Civil Veterinary Dept. Bombay admin report 1914-1922 - 1914-1922
Year: 1914
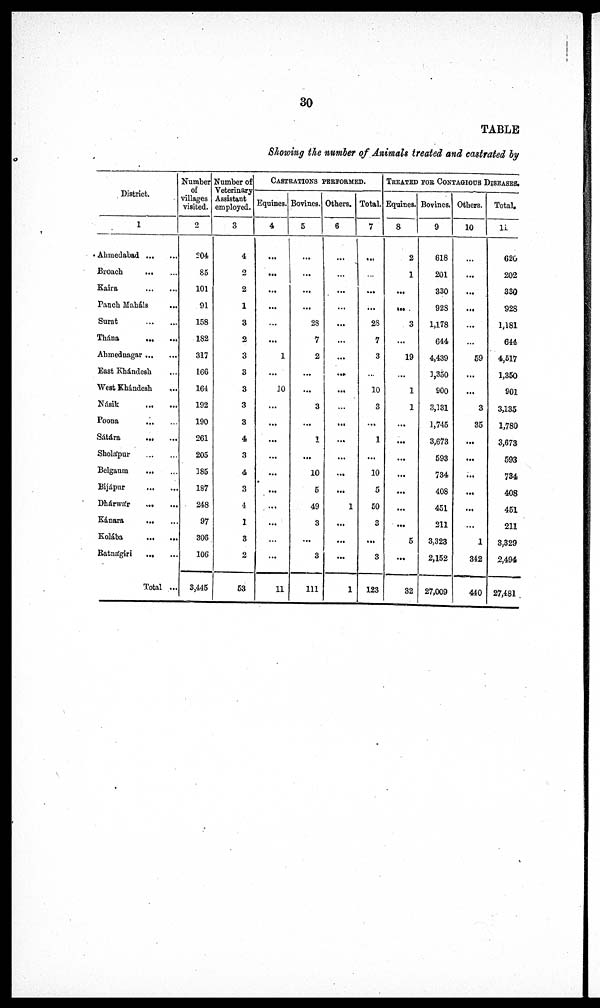
30
TABLE
Showing the number of Animals treated and castrated by
District.
1
Ahmedabad ... ...
Broach ... ...
Kaira ... ...
Panch Maháls ...
Surat ... ...
Thána ... ...
Ahmednagar ... ...
East Khándesh ...
West Khándesh ...
Násik ... ...
Poona ... ...
Sátára ... ...
Sholápur ... ...
Belgaum ... ...
Bijápur ... ...
Dhárwár ... ...
Kánara ... ...
Kolába
...
...
Ratnágiri ... ...
Total ...
Number
of
villages
visited.
2
204
85
101
91
158
182
317
166
164
192
190
261
205
185
187
248
97
306
106
3,445
Number of
Veterinary
Assistant
employed.
3
4
2
2
1
3
2
3
3
3
3
3
4
3
4
3
4
1
3
2
53
CASTRATIONS PERFORMED.
Equines.
4
...
...
...
...
...
...
1
...
10
...
...
...
...
...
...
...
...
...
...
11
Bovines.
5
...
...
...
...
28
7
2
...
...
3
...
1
...
10
5
49
3
...
3
111
Others.
6
...
...
...
...
...
...
...
...
...
...
...
...
...
...
...
1
...
...
...
1
Total.
7
...
...
...
...
28
7
3
...
10
3
...
1
...
10
5
50
3
...
3
123
TREATED FOR CONTAGIOUS DISEASES.
Equines.
8
2
1
...
...
3
...
19
...
1
1
...
...
...
...
...
...
...
5
...
32
Bovines.
9
618
201
330
928
1,178
644
4,439
3,350
900
3,131
1,745
3,673
593
734
408
451
211
3,323
2,152
27,009
Others.
10
...
...
...
...
...
...
59
...
...
3
35
...
...
...
...
...
...
1
342
440
Total.
11
620
202
330
928
1,181
644
4,517
1,350
901
3,135
1,780
3,673
593
734
408
451
211
3,329
2,494
27,481